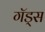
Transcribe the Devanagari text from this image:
गॅड्स